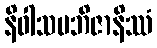
နိဝါသမဘိဇာနိဿံ